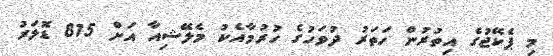
މި ޕެކޭޖުގެ އިތުރުން ހަތަރު ދުވަހުގެ ހުރުމާއެކު މެލޭޝިއާ އަށް 815 ޑޮލަރު